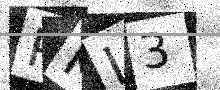
Text: PKI3